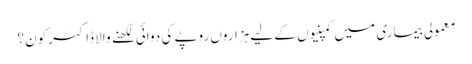
معمولی بیماری میں کمپنیوں کے لیے ہزاروں روپے کی دوائی لکھنے والا ڈاکٹر کون؟